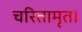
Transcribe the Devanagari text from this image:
चरितामृत।